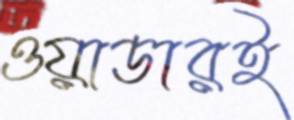
ওয়াডারই